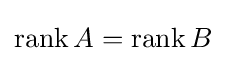
\operatorname {rank} A=\operatorname {rank} B